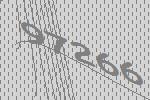
97266